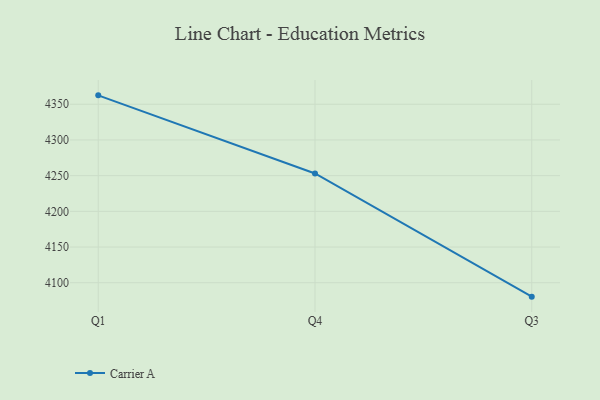
{"axis": {"x": "Quarter", "y": "Population (Million)"}, "legend": ["Carrier A"], "data": [{"x": "Q1", "y": 4362.5, "type": "Carrier A"}, {"x": "Q4", "y": 4253.1, "type": "Carrier A"}, {"x": "Q3", "y": 4080.5, "type": "Carrier A"}]}